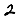
Digit: 2